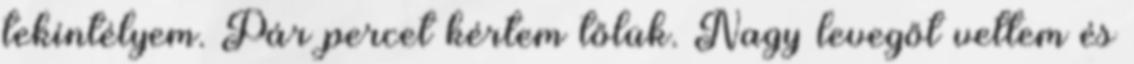
tekintélyem. Pár percet kértem tőlük. Nagy levegőt vettem és